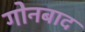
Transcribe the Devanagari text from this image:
गोनबाद